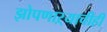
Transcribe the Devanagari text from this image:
झोपणाऱ्याचीही